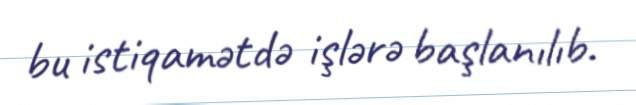
bu istiqamətdə işlərə başlanılıb.